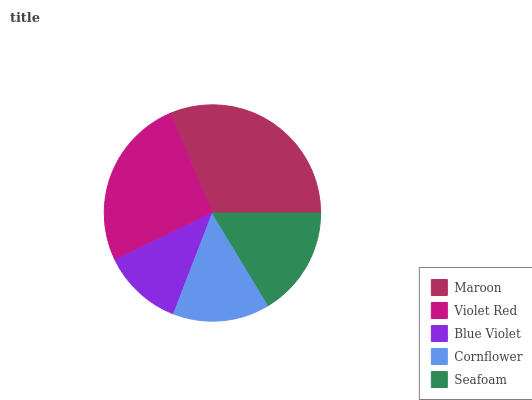
| Maroon | Violet Red | Blue Violet | Cornflower | Seafoam |
 | --- | --- | --- | --- | --- |
 | 31.3% | 25.8% | 12% | 14.5% | 16.4% |